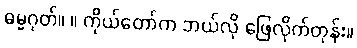
ဓမ္မဂုတ်။ ။ ကိုယ်တော်က ဘယ်လို ဖြေလိုက်တုန်း။